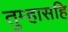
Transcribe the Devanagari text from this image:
तुम्हासहि